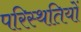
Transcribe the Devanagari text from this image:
परिस्‍थतियों